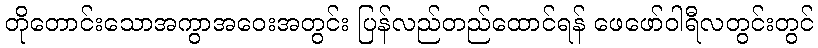
တိုတောင်းသောအကွာအဝေးအတွင်း ပြန်လည်တည်ထောင်ရန် ဖေဖော်ဝါရီလတွင်းတွင်